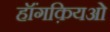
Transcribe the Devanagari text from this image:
हॉंगक़ियओ